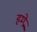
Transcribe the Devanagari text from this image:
हम्प्रे